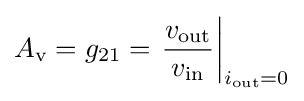
A_{\text{v}}=g_{21}=\left.{\frac {v_{\text{out}}}{v_{\text{in}}}}\right|_{i_{\text{out}}=0}